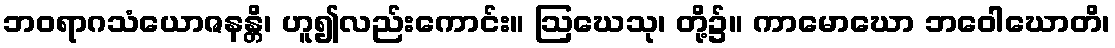
ဘဝရာဂသံယောဇနန္တိ၊ ဟူ၍လည်းကောင်း။ ဩဃေသု၊ တို့၌။ ကာမောဃော ဘဝေါဃောတိ၊